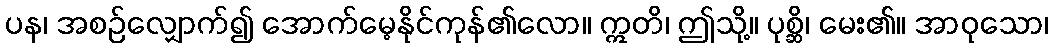
ပန၊ အစဉ်လျှောက်၍ အောက်မေ့နိုင်ကုန်၏လော။ ဣတိ၊ ဤသို့။ ပုစ္ဆိ၊ မေး၏။ အာဝုသော၊